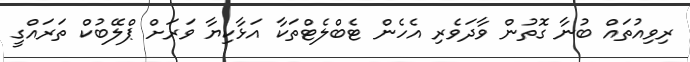
ރިވިއުތައް ބުނާ ގޮތުން ވާދަވެރި އެހެން ޓެބްލެޓްތަކާ އަޅާކިޔާ ވަރަށް ޕްލޭބުކް ތަރައްގީ